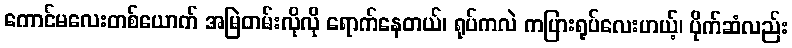
ကောင်မလေးတစ်ယောက် အမြဲတမ်းလိုလို ရောက်နေတယ်၊ ရုပ်ကလဲ ကပြားရုပ်လေးဟယ့်၊ ပိုက်ဆံလည်း